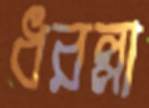
ধরল্লা